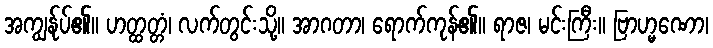
အကျွန်ုပ်၏။ ဟတ္ထတ္တံ၊ လက်တွင်းသို့။ အာဂတာ၊ ရောက်ကုန်၏။ ရာဇ၊ မင်းကြီး။ ဗြာဟ္မဏော၊